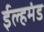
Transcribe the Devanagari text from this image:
ईल्हमंड